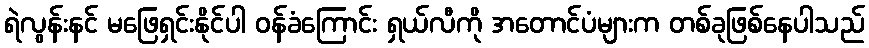
ရဲလွန်းနင် မဖြေရှင်းနိုင်ပါ ဝန်ခံကြောင်း ရှယ်လီကို အတောင်ပံများက တစ်ခုဖြစ်နေပါသည်